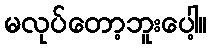
မလုပ်တော့ဘူးပေါ့။